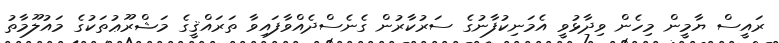
ރައީސް ޔާމީން މިހެން ވިދާޅުވީ އެމަނިކުފާނުގެ ސަރުކާރުން ގެނެސްދެއްވާފައިވާ ތަރައްޤީގެ މަޝްރޫޢުތަކުގެ މައުލޫމާތު